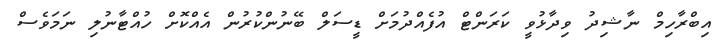
އިބްރާހިމް ނާޝިދު ވިދާޅުވީ ކަރަންޓް އުފެއްދުމަށް ޑީސަލް ބޭނުންކުރުން އެއްކޮށް ހުއްޓާނުލި ނަމަވެސް